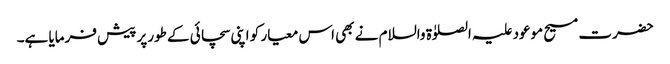
حضرت مسیح موعود علیہ الصلوٰۃ والسلام نے بھی اس معیار کو اپنی سچائی کے طورپر پیش فرمایا ہے۔